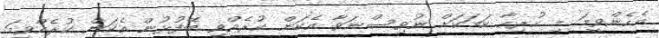
އެހެންވީމަ މި ހުރިހާ ކަމަކަށް ނުވިސްނަވާ އެކަން ކުރެއްވި ބޭފުޅުން އެކަން ކުރެއްވީމަ